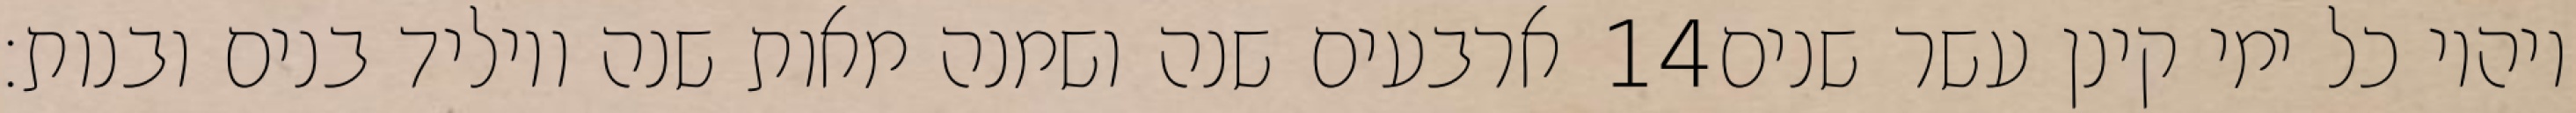
ארבעים שנה ושמנה מאות שנה ויוליד בנים ובנות׃ ‎14‏ ויהיו כל ימי קינן עשר שנים